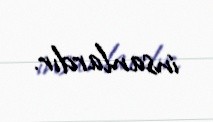
insanlardır.